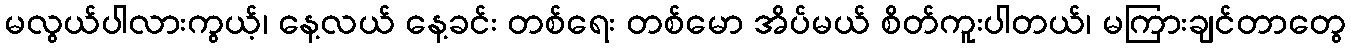
မလွယ်ပါလားကွယ့်၊ နေ့လယ် နေ့ခင်း တစ်ရေး တစ်မော အိပ်မယ် စိတ်ကူးပါတယ်၊ မကြားချင်တာတွေ